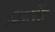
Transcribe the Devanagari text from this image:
बिसकिंड